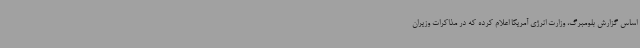
اساس گزارش بلومبرگ، وزارت انرژی آمریکا اعلام کرده که در مذاکرات وزیران